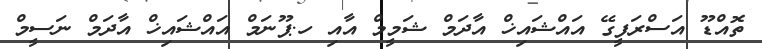
ތޮއްޑޫ އަސްރަފީގޭ އައްޝައިޚް އާދަމް ޝަމީމް އާއި ހ.ޕޫނަމް އައްޝައިޚް އާދަމް ނަސީމް